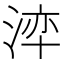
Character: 𭰺